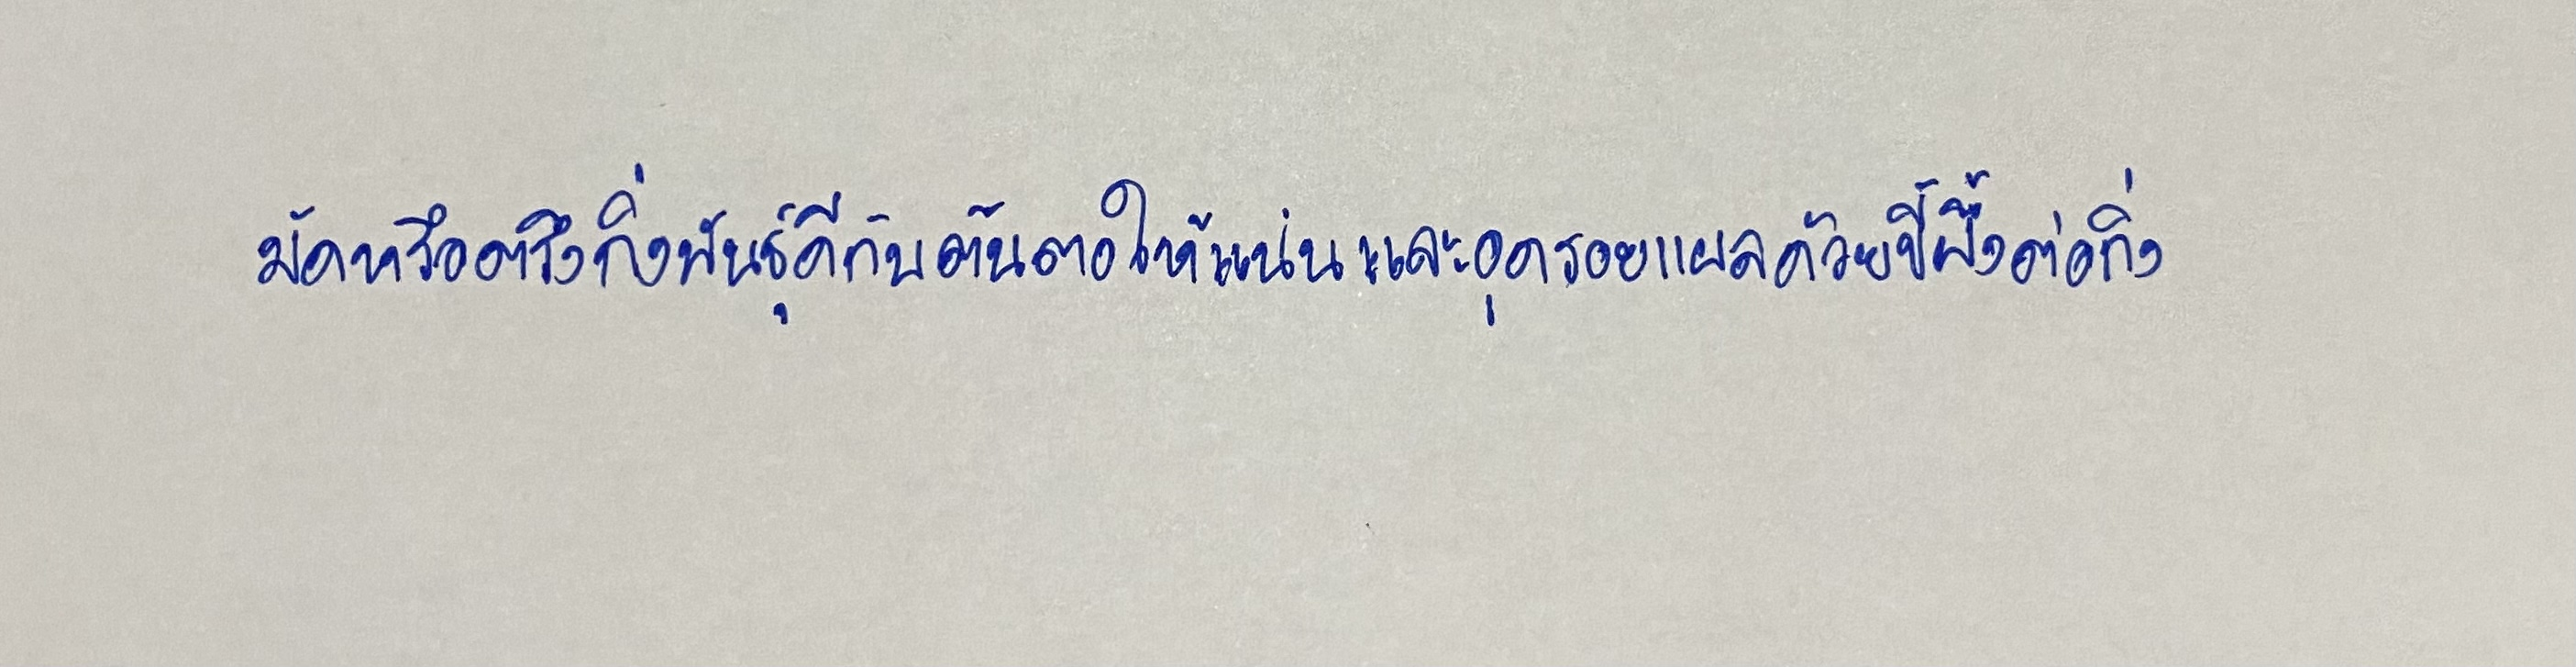
มัดหรือตรึงกิ่งพันธุ์ดีกับต้นตอให้แน่นและอุดรอยแผลด้วยขี้ผึ้งต่อกิ่ง